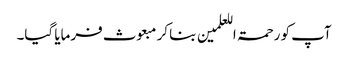
آپ کو رحمۃ اللعلمین بنا کر مبعوث فرمایا گیا۔